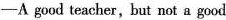
——A good teacher,but not a good